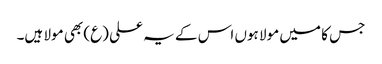
جس کا میں مولا ہوں اس کے یہ علی (ع) بھی مولا ہیں۔